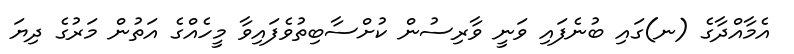
އެމާއްދާގެ (ނ)ގައި ބުނެފައި ވަނީ ވާރިސުން ކުށްސާބިތުވެފައިވާ މީހެއްގެ އަތުން މަރުގެ ދިޔަ